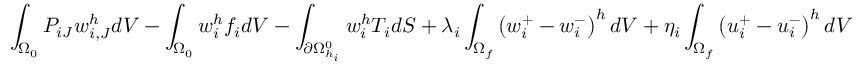
\int _ { \Omega _ { 0 } } P _ { i J } w _ { i , J } ^ { h } d V - \int _ { \Omega _ { 0 } } { w _ { i } ^ { h } f _ { i } } d V - \int _ { \partial \Omega _ { h _ { i } } ^ { 0 } } w _ { i } ^ { h } T _ { i } d S + \lambda _ { i } \int _ { \Omega _ { f } } \left( w _ { i } ^ { + } - w _ { i } ^ { - } \right) ^ { h } d V + \eta _ { i } \int _ { \Omega _ { f } } \left( u _ { i } ^ { + } - u _ { i } ^ { - } \right) ^ { h } d V